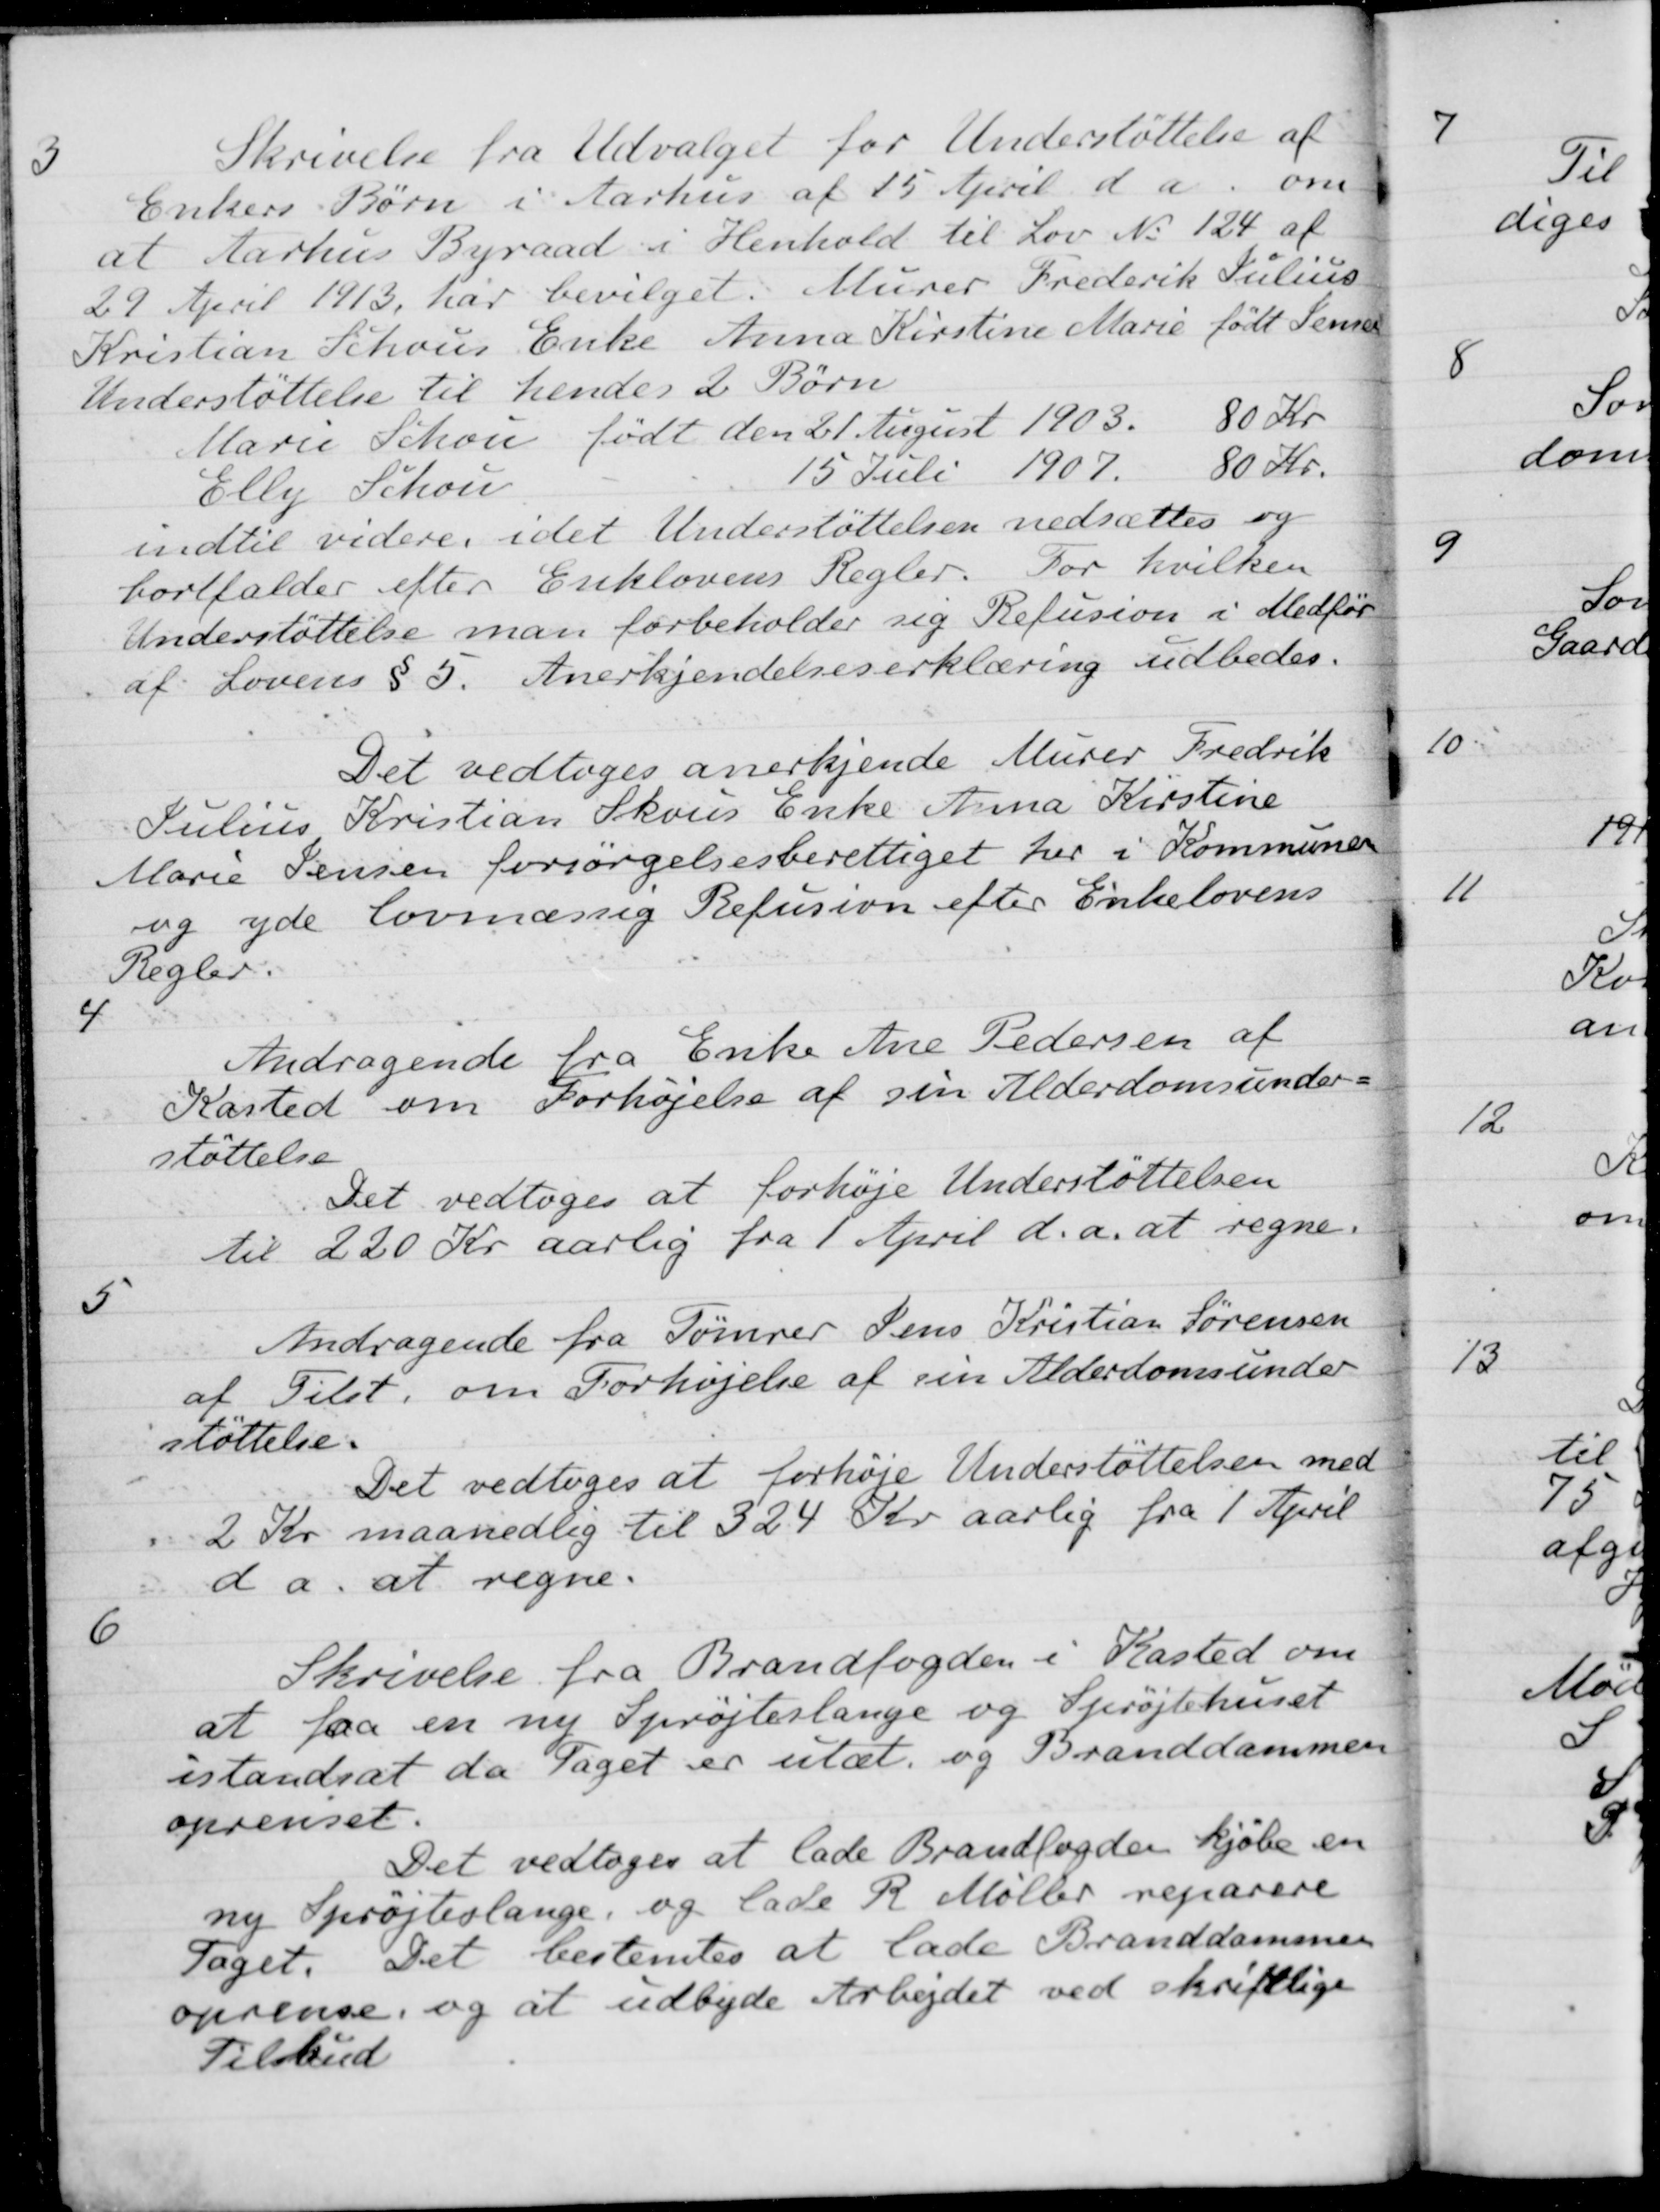
Transskription:
3
Skrivelse fra Udvalget for Understøttelse af
Enkers Børn i Aarhus af 15 April d a. om
at Aarhus Byraad i Henhold til Lov No 124 af
29 April 1913, har bevilget: Murer Frederik Julius
Kristian Schous Enke Anna Kirstine Marie født Jensen
Understøttelse til hendes 2 Børn
Marie Schou født den 21 August 1903. 80 Kr
Elly Schou 15 Juli 1907. 80 Kr.
indtil videre, idet Understøttelsen nedsættes og
bortfalder efter Enklovens Regler. For hvilken
Understøttelse man forbeholder sig Refusion i Medfør
af Lovens § 5. Anerkjendelseserklæring udbedes.
Det vedtoges anerkjende Murer Fredrik
Julius Kristian Skovs Enke Anna Kirstine
Marie Jensen forsørgelsesberettiget her i Kommunen
og yde lovmæssig Refusion efter Enkelovens
Regler.
4
Andragende fra Enke Ane Pedersen af
Kasted om Forhøjelse af sin Alderdomsunder-
støttelse.
Det vedtoges at forhøje Understøttelsen
til 220 Kr aarlig fra 1 April d.a. at regne.
5
Andragende fra Tømrer Jens Kristian Sørensen
af Tilst, om Forhøjelse af sin Alderdomsunder
støttelse.
Det vedtoges at forhøje Understøttelsen med
2 Kr. maanedlig til 324 Kr aarlig fra 1 April
d a. at regne.
6
Skrivelse fra Brandfogden i Kasted om
at faa en ny Sprøjteslange og Sprøjtehuset
istandsat da Taget er utæt og Branddammen
oprenset.
Det vedtoges at lade Brandfogeden kjøbe en
ny Sprøjteslange, og lade R. Møller reparere
Taget. Det bestemtes at lade Branddammen
oprense, og at udbyde Arbejdet ved skriftlige
Tilbud